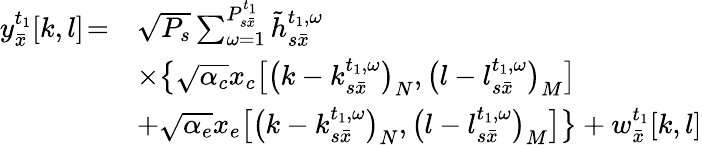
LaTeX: \begin{array}{rl}{y_{\bar{x}}^{{t_{1}}}[k,l]\! =}&{\sqrt{{P_{s}}}\sum_{\omega=1}^{P_{s\bar{x}}^{{t_{1}}}}{\tilde{h}_{s\bar{x}}^{{t_{1}},\omega}}}\\ &{\times\big\{ \sqrt{{\alpha_{c}}}{x_{c}}\big[{\big(k-k_{s\bar{x}}^{{t_{1}},\omega}\big)_{N}},{\big(l-l_{s\bar{x}}^{{t_{1}},\omega}\big)_{M}}\big]}\\ &{+\sqrt{{\alpha_{e}}}{x_{e}}\big[{\big(k-k_{s\bar{x}}^{{t_{1}},\omega}\big)_{N}},{\big(l-l_{s\bar{x}}^{{t_{1}},\omega}\big)_{M}}\big]\big\} +w_{\bar{x}}^{{t_{1}}}[k,l]}\end{array}